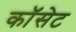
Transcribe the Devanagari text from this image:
कॉसेट